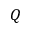
Q